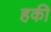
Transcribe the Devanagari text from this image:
हकी